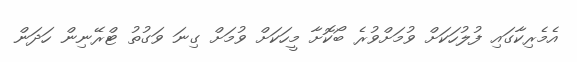
އެމެރިކާގައި ފުލުހަކަށް ވުމަށްވުރެ ބޯކޮށާ މީހަކަށް ވުމަށް ގިނަ ވަގުތު ޓްރޭނިން ހަދަން